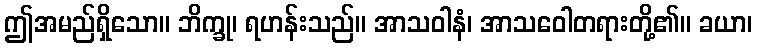
ဤအမည်ရှိသော။ ဘိက္ခု၊ ရဟန်းသည်။ အာသဝါနံ၊ အာသဝေါတရားတို့၏။ ခယာ၊